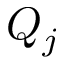
Q _ { j }